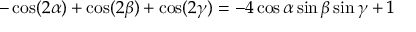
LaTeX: - \cos ( 2 \alpha ) + \cos ( 2 \beta ) + \cos ( 2 \gamma ) = - 4 \cos \alpha \sin \beta \sin \gamma + 1